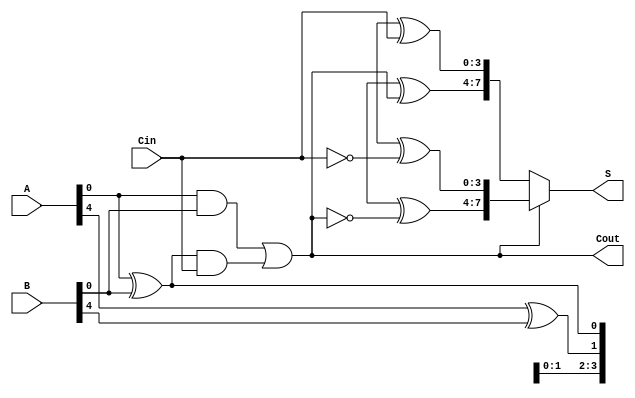
module CarrySelectAdder #(parameter N = 8, M = 4) (
    input [N-1:0] A,
    input [N-1:0] B,
    input Cin,
    output [N-1:0] S,
    output Cout
);
    // Number of segments
    localparam NUM_SEGMENTS = N / M;

    // Generate and propagate signals
    wire [NUM_SEGMENTS-1:0] G;
    wire [NUM_SEGMENTS-1:0] P;
    wire [NUM_SEGMENTS-1:0] C;

    genvar i;
    generate
        for (i = 0; i < NUM_SEGMENTS; i = i + 1) begin : seg_gen
            assign G[i] = A[M*i +: M] & B[M*i +: M];
            assign P[i] = A[M*i +: M] ^ B[M*i +: M];
        end
    endgenerate

    // Carry computation using a simple prefix tree logic (Kogge-Stone)
    assign C[0] = Cin;

    generate
        for (i = 0; i < NUM_SEGMENTS-1; i = i + 1) begin : carry_gen
            assign C[i+1] = G[i] | (P[i] & C[i]);
        end
    endgenerate

    // Sum computation
    wire [N-1:0] S0, S1;
    generate
        for (i = 0; i < NUM_SEGMENTS; i = i + 1) begin : sum_gen
            assign S0[M*i +: M] = P[M*i +: M] ^ C[i];
            assign S1[M*i +: M] = P[M*i +: M] ^ ~C[i];
        end
    endgenerate

    // Final selection of sums based on carries
    assign S = (C[NUM_SEGMENTS-1] ? S1 : S0);
    assign Cout = C[NUM_SEGMENTS-1];

endmodule